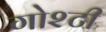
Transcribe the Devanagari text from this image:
गोश्टी